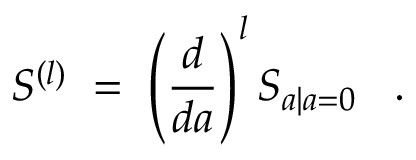
S ^ { ( l ) } \; = \; \left( \frac { d } { d a } \right) ^ { l } S _ { a | a = 0 } \; \; \; .